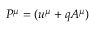
P ^ { \mu } = ( u ^ { \mu } + q A ^ { \mu } )